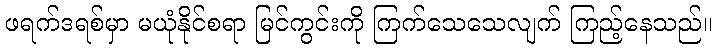
ဖရက်ဒရစ်မှာ မယုံနိုင်စရာ မြင်ကွင်းကို ကြက်သေသေလျက် ကြည့်နေသည်။